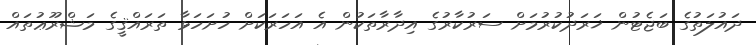
ދައުލަތުގެ ބަޖެޓުން ޚަރަދުކުރުމަށް ސަރުކާރުގެ އިދާރާތަކުން އެ އަހަރަކަށް ހުށަހަޅާ ތަރައްޤީގެ މަޝްރޫޢުތައް